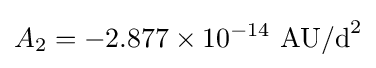
A_{2}=-2.877\times 10^{-14}{\text{ AU/d}}^{2}